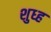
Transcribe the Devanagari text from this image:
शुध्ह